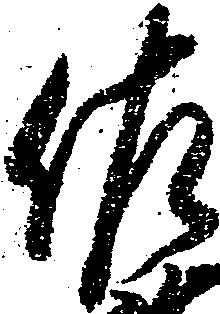
佐